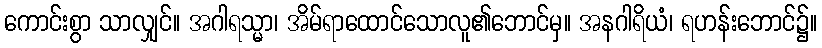
ကောင်းစွာ သာလျှင်။ အဂါရသ္မာ၊ အိမ်ရာထောင်သောလူ၏ဘောင်မှ။ အနဂါရိယံ၊ ရဟန်းဘောင်၌။